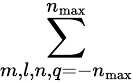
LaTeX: \sum_{m,l,n,q=-n_{\textrm{max}}}^{n_{\textrm{max}}}